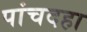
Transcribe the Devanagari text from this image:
पांचदहा